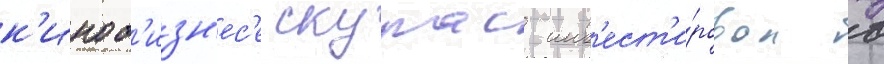
к'иноб'изн'ес'е скурас инв'ест'и́ровал в